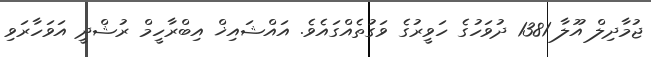
ޖުމާދިލް އޫލާ 1381 ދުވަހުގެ ހަވީރުގެ ވަގުތެއްގައެވެ. އައްޝައިޚް އިބްރާހީމް ރުޝްދީ އަވަހާރަވި